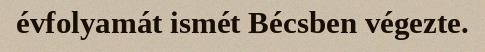
évfolyamát ismét Bécsben végezte.